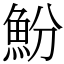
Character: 魵